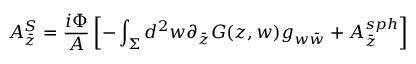
A _ { \bar { z } } ^ { S } = { \frac { i \Phi } { A } } \left[ - \int _ { \Sigma } d ^ { 2 } w \partial _ { \bar { z } } G ( z , w ) g _ { w \bar { w } } + A _ { \bar { z } } ^ { s p h } \right]